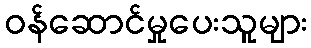
ဝန်ဆောင်မှုပေးသူများ